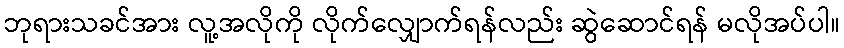
ဘုရားသခင်အား လူ့အလိုကို လိုက်လျှောက်ရန်လည်း ဆွဲဆောင်ရန် မလိုအပ်ပါ။